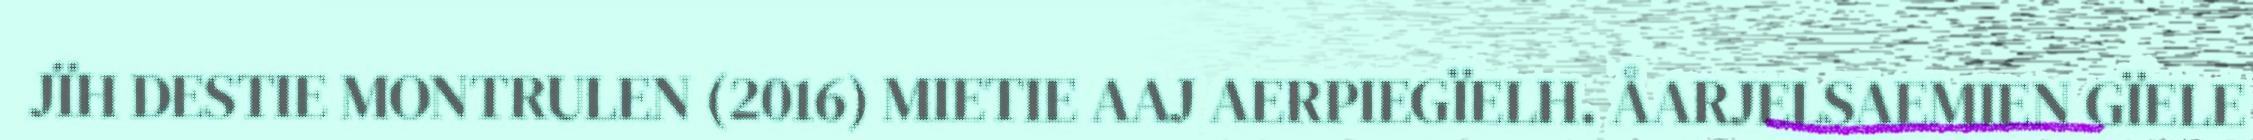
JÏH DESTIE MONTRULEN (2016) MIETIE AAJ AERPIEGÏELH. ÅARJELSAEMIEN GÏELE